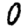
Digit: 0